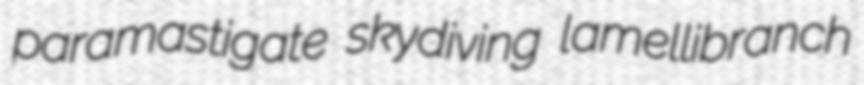
paramastigate skydiving lamellibranch